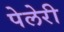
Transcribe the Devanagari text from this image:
पेलेरी